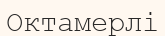
Октамерлі